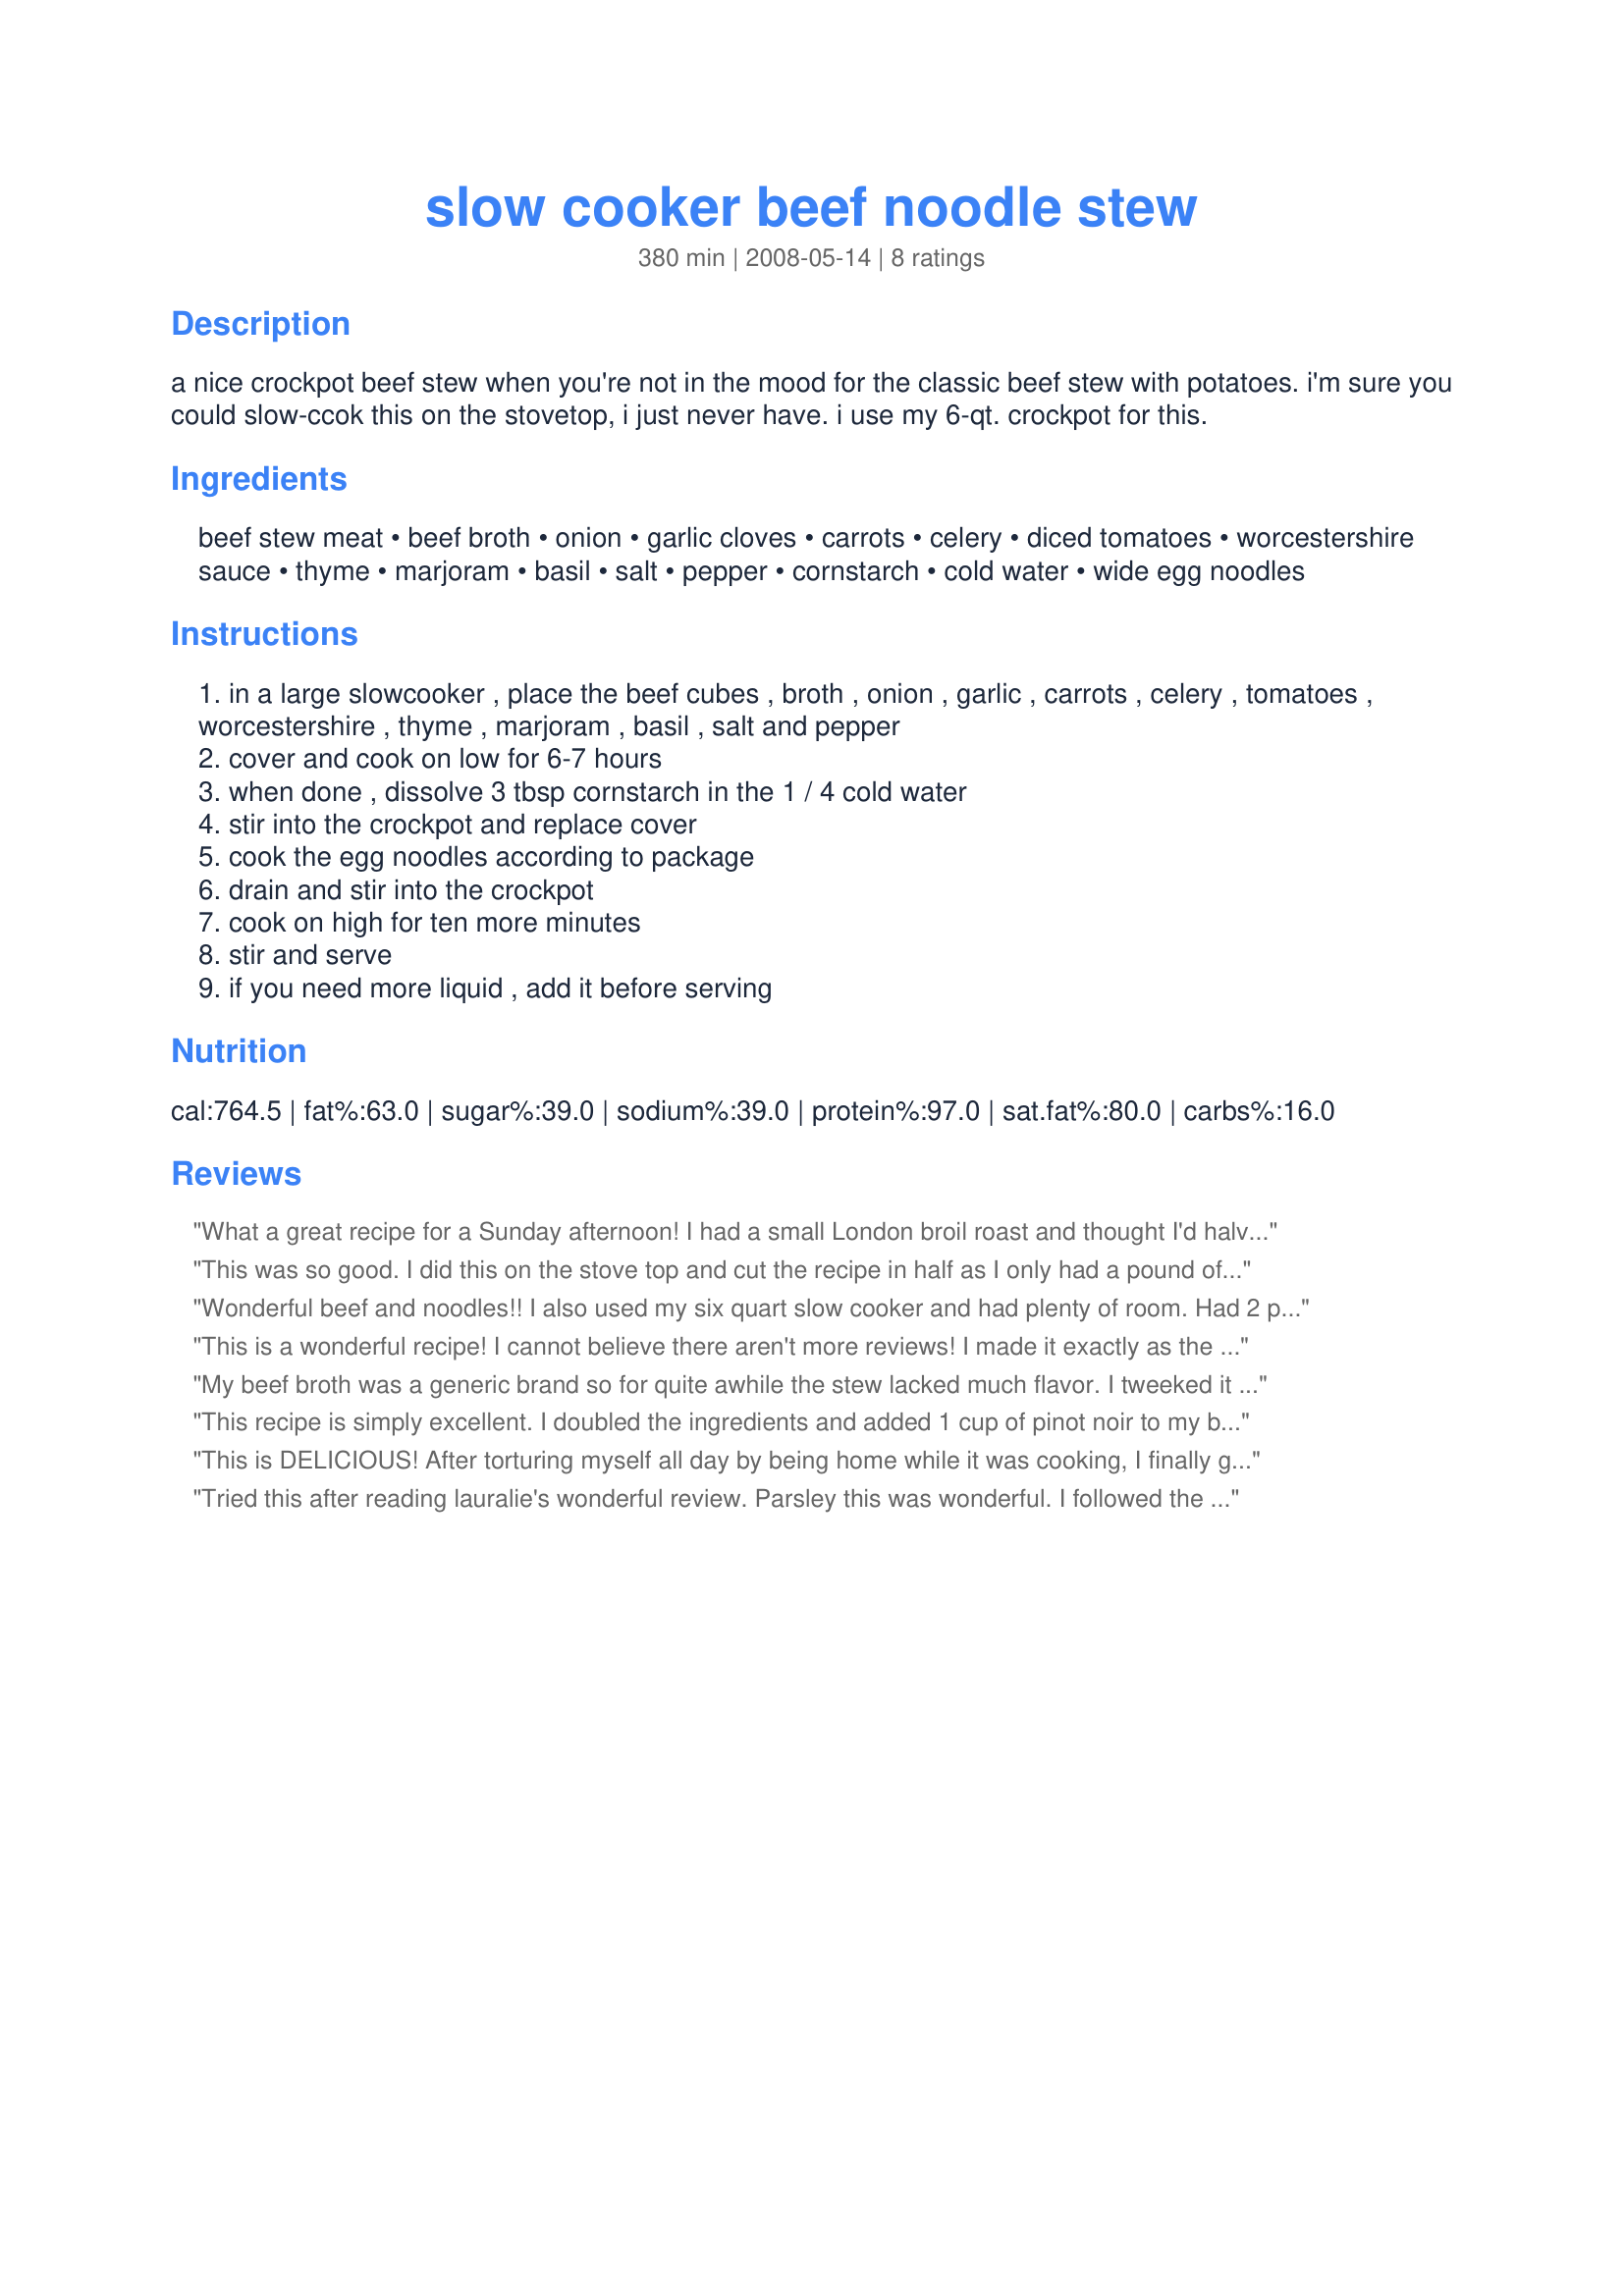
slow cooker beef noodle stew
Preparation time: 380 minutes

a nice crockpot beef stew when you're not in the mood for the classic beef stew with potatoes. i'm sure you could slow-ccok this on the stovetop, i just never have. i use my 6-qt. crockpot for this.

Ingredients:
beef stew meat, beef broth, onion, garlic cloves, carrots, celery, diced tomatoes, worcestershire sauce, thyme, marjoram, basil, salt, pepper, cornstarch, cold water, wide egg noodles

Steps:
in a large slowcooker , place the beef cubes , broth , onion , garlic , carrots , celery , tomatoes , worcestershire , thyme , marjoram , basil , salt and pepper
cover and cook on low for 6-7 hours
when done , dissolve 3 tbsp cornstarch in the 1 / 4 cold water
stir into the crockpot and replace cover
cook the egg noodles according to package
drain and stir into the crockpot
cook on high for ten more minutes
stir and serve
if you need more liquid , add it before serving

Reviews:
What a great recipe for a Sunday afternoon! I had a small London broil roast and thought I'd halve the recipe but decided to add pork bits to the meat. I browned it and added just a dash of red wine I got from a friend.. What a great meal! Thank you!
This was so good. I did this on the stove top and cut the recipe in half as I only had a pound of stew meat pulled. I followed the recipe other then I didn't have celery and used a can of carrots and didn't add them til the end. I also didn't add the cornstarch and water at the end because mine thicken up nicely without it. We all really enjoyed this. I will be making it again but next time I would make a full amount as there wasn't even a drop left. This was so full of flavor.
Wonderful beef and noodles!! I also used my six quart slow cooker and had plenty of room. Had 2 pounds of stew meat, used 1/2 of a small bag of baby carrots, added an extra handful of celery and added the two teaspoons of worcestershire. The stew smelled amazing and the flavors combined well. Stew meat was fork tender! Parsley thank you for sharing your great beef stew recipe! Made and reviewed for Augusts Photo Challenge: CROCK POT COOKING -BOTH Hemispheres.
This is a wonderful recipe! I cannot believe there aren't more reviews! I made it exactly as the recipe states.
My beef broth was a generic brand
so for quite awhile the stew lacked much flavor.
I tweeked it with some beef base and 1 cup of wine and after simmering in the crock pot for most of the day the flavor intensified. It was very good and I will definitely make again.
This recipe is simply excellent. I doubled the ingredients and added 1 cup of pinot noir to my batch. Red wine just adds a special extra something to the flavor of stew. I also stirred in two packets of Goya sazon and did not use salt or pepper. I had to use extra cornstarch to get the broth to thicken adequately but I think that was because I did not compensate for the wine. I used &quot;All Natural Better Than Bouillon&quot; reduced sodium beef base. So freaking satisfying. I&#039;m going to take the time to write this one down on a recipe card so I never lose track of it.
This is DELICIOUS! After torturing myself all day by being home while it was cooking, I finally got to sit down and eat it. Changes I made were: 1 can of diced tomatoes instead of 2, I added 5 medium potatos cubed, I added an extra cup of beef broth, so 4 cups instead of 3, used 1/2 bag baby carrots instead of diced carrots, and I only used one lb. of beef, but it needed more in my opinion, so next time I'll use 1-1/2 lbs. to 2 lbs., 2-1/2 lbs. would be too much meat. Absolutely fabulous, the spices came together perfectly, love love loved it, can't wait to eat the leftovers.
Tried this after reading lauralie's wonderful review. Parsley this was wonderful. I followed the recipe exactly as written but I did brown the beef stew on the stove before putting it in the crock pot. Our grandbaby loved the noodles :) Thank you for a great comfort food meal.
